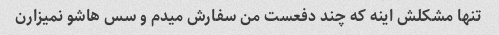
تنها مشکلش اینه که چند دفعست من سفارش میدم و سس هاشو نمیزارن